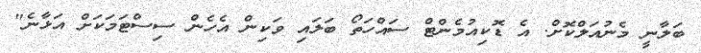
ބަލާނީ މެނުއަލްކޮށް. އެ ޑޮކިއުމެންޓް ސައްހަތޯ ބަލައި ވަކިން އެހެން ސިސްޓަމަކަށް އަޅާނެ"